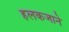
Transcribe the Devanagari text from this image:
हलकजाने